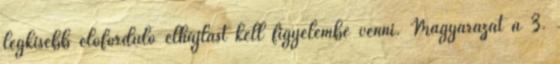
legkisebb előforduló elhajlást kell figyelembe venni. Magyarázat a 3.